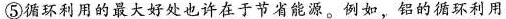
⑤循环利用的最大好处也许在于节省能源。例如，铝的循环利用